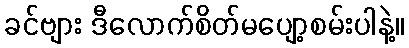
ခင်ဗျား ဒီလောက်စိတ်မပျော့စမ်းပါနဲ့။